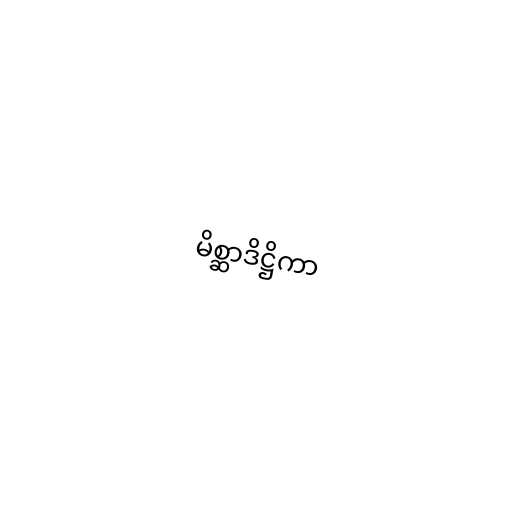
မိစ္ဆာဒိဋ္ဌိကာ